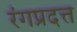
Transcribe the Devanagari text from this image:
रंगप्रदत्त